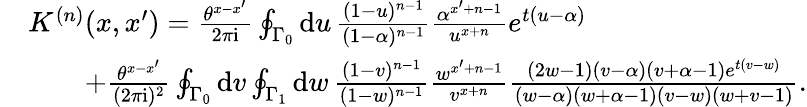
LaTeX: \begin{array}{rl}&{K^{(n)}(x,x^{\prime})=\textstyle\frac{\theta^{x-x^{\prime}}}{2\pi\mathrm{i}}\oint_{\Gamma_{0}}\mathrm{d}u\, \frac{(1-u)^{n-1}}{(1-\alpha)^{n-1}}\frac{\alpha^{x^{\prime}+n-1}}{u^{x+n}}e^{t(u-\alpha)}}\\ &{\textstyle\qquad+\frac{\theta^{x-x^{\prime}}}{(2\pi\mathrm{i})^{2}}\oint_{\Gamma_{0}}\mathrm{d}v\oint_{\Gamma_{1}}\mathrm{d}w\, \frac{(1-v)^{n-1}}{(1-w)^{n-1}}\frac{w^{x^{\prime}+n-1}}{v^{x+n}}\frac{(2w-1)(v-\alpha)(v+\alpha-1)e^{t(v-w)}}{(w-\alpha)(w+\alpha-1)(v-w)(w+v-1)}.}\end{array}